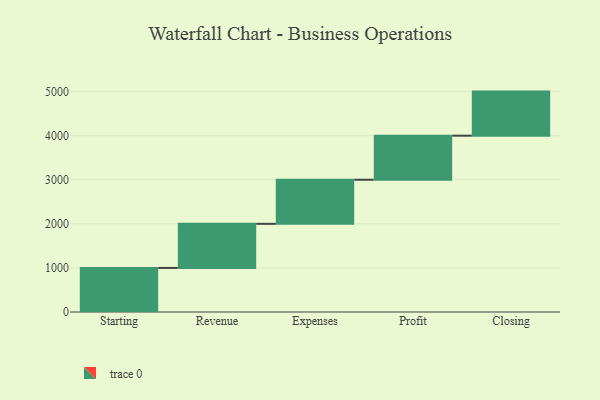
{"axis": {"x": "Step", "y": "Value"}, "legend": [""], "data": [{"x": "Starting", "y": 1000, "type": ""}, {"x": "Revenue", "y": 1000, "type": ""}, {"x": "Expenses", "y": 1000, "type": ""}, {"x": "Profit", "y": 1000, "type": ""}, {"x": "Closing", "y": 1000, "type": ""}]}